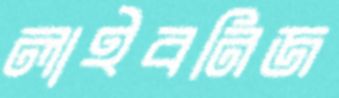
লাইবনিজ